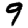
Digit: 9